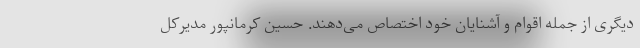
دیگری از جمله اقوام و آشنایان خود اختصاص می‌دهند. حسین کرمانپور مدیرکل